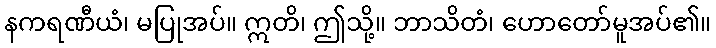
နကရဏီယံ၊ မပြုအပ်။ ဣတိ၊ ဤသို့။ ဘာသိတံ၊ ဟောတော်မူအပ်၏။